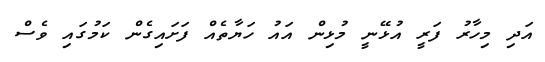
އަދި މިހާރު ފަރީ އުޅޭނީ މުޅިން އައު ހަޔާތެއް ފަށައިގެން ކަމުގައި ވެސް